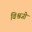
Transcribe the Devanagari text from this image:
विश्वजी